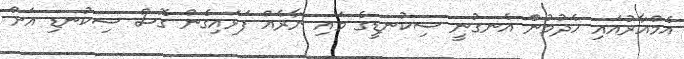
އެމްއާރުއައި ހެދުމުންް އެނގުނީ ސިކުނޑީގެ މައި ނާރެއް ފަޅައިގެން ގޮސް ސިކުނޑި އަށް